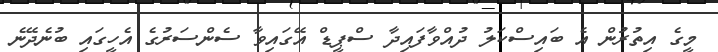
މީގެ އިތުރުން އެ ބައިސްކަލު ދުއްވާފައިދާ ސްޕީޑް އޭގައިވާ ސެންސަރުގެ އެހީގައި ބުނެދޭނެ